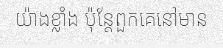
យ៉ាងខ្លាំង ប៉ុន្តែពួកគេនៅមាន